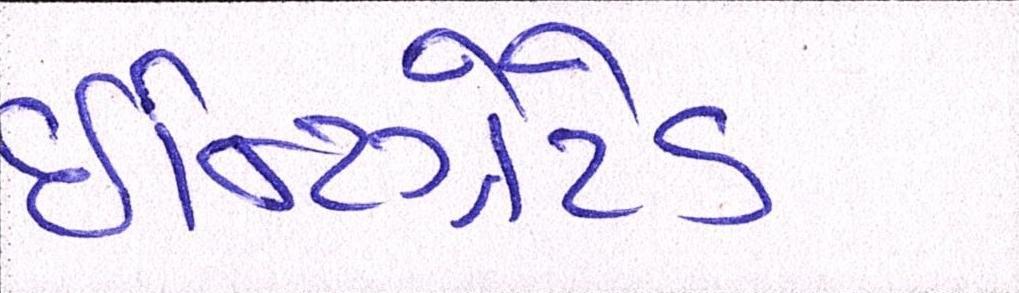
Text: ઇન્ટિગ્રેટેડ